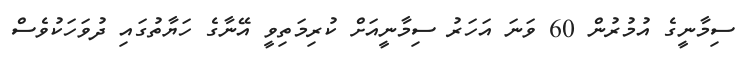
ސިމާނީގެ އުމުރުން 60 ވަނަ އަހަރު ސިމާނީއަށް ކުރިމަތިވީ އޭނާގެ ހަޔާތުގައި ދުވަހަކުވެސް